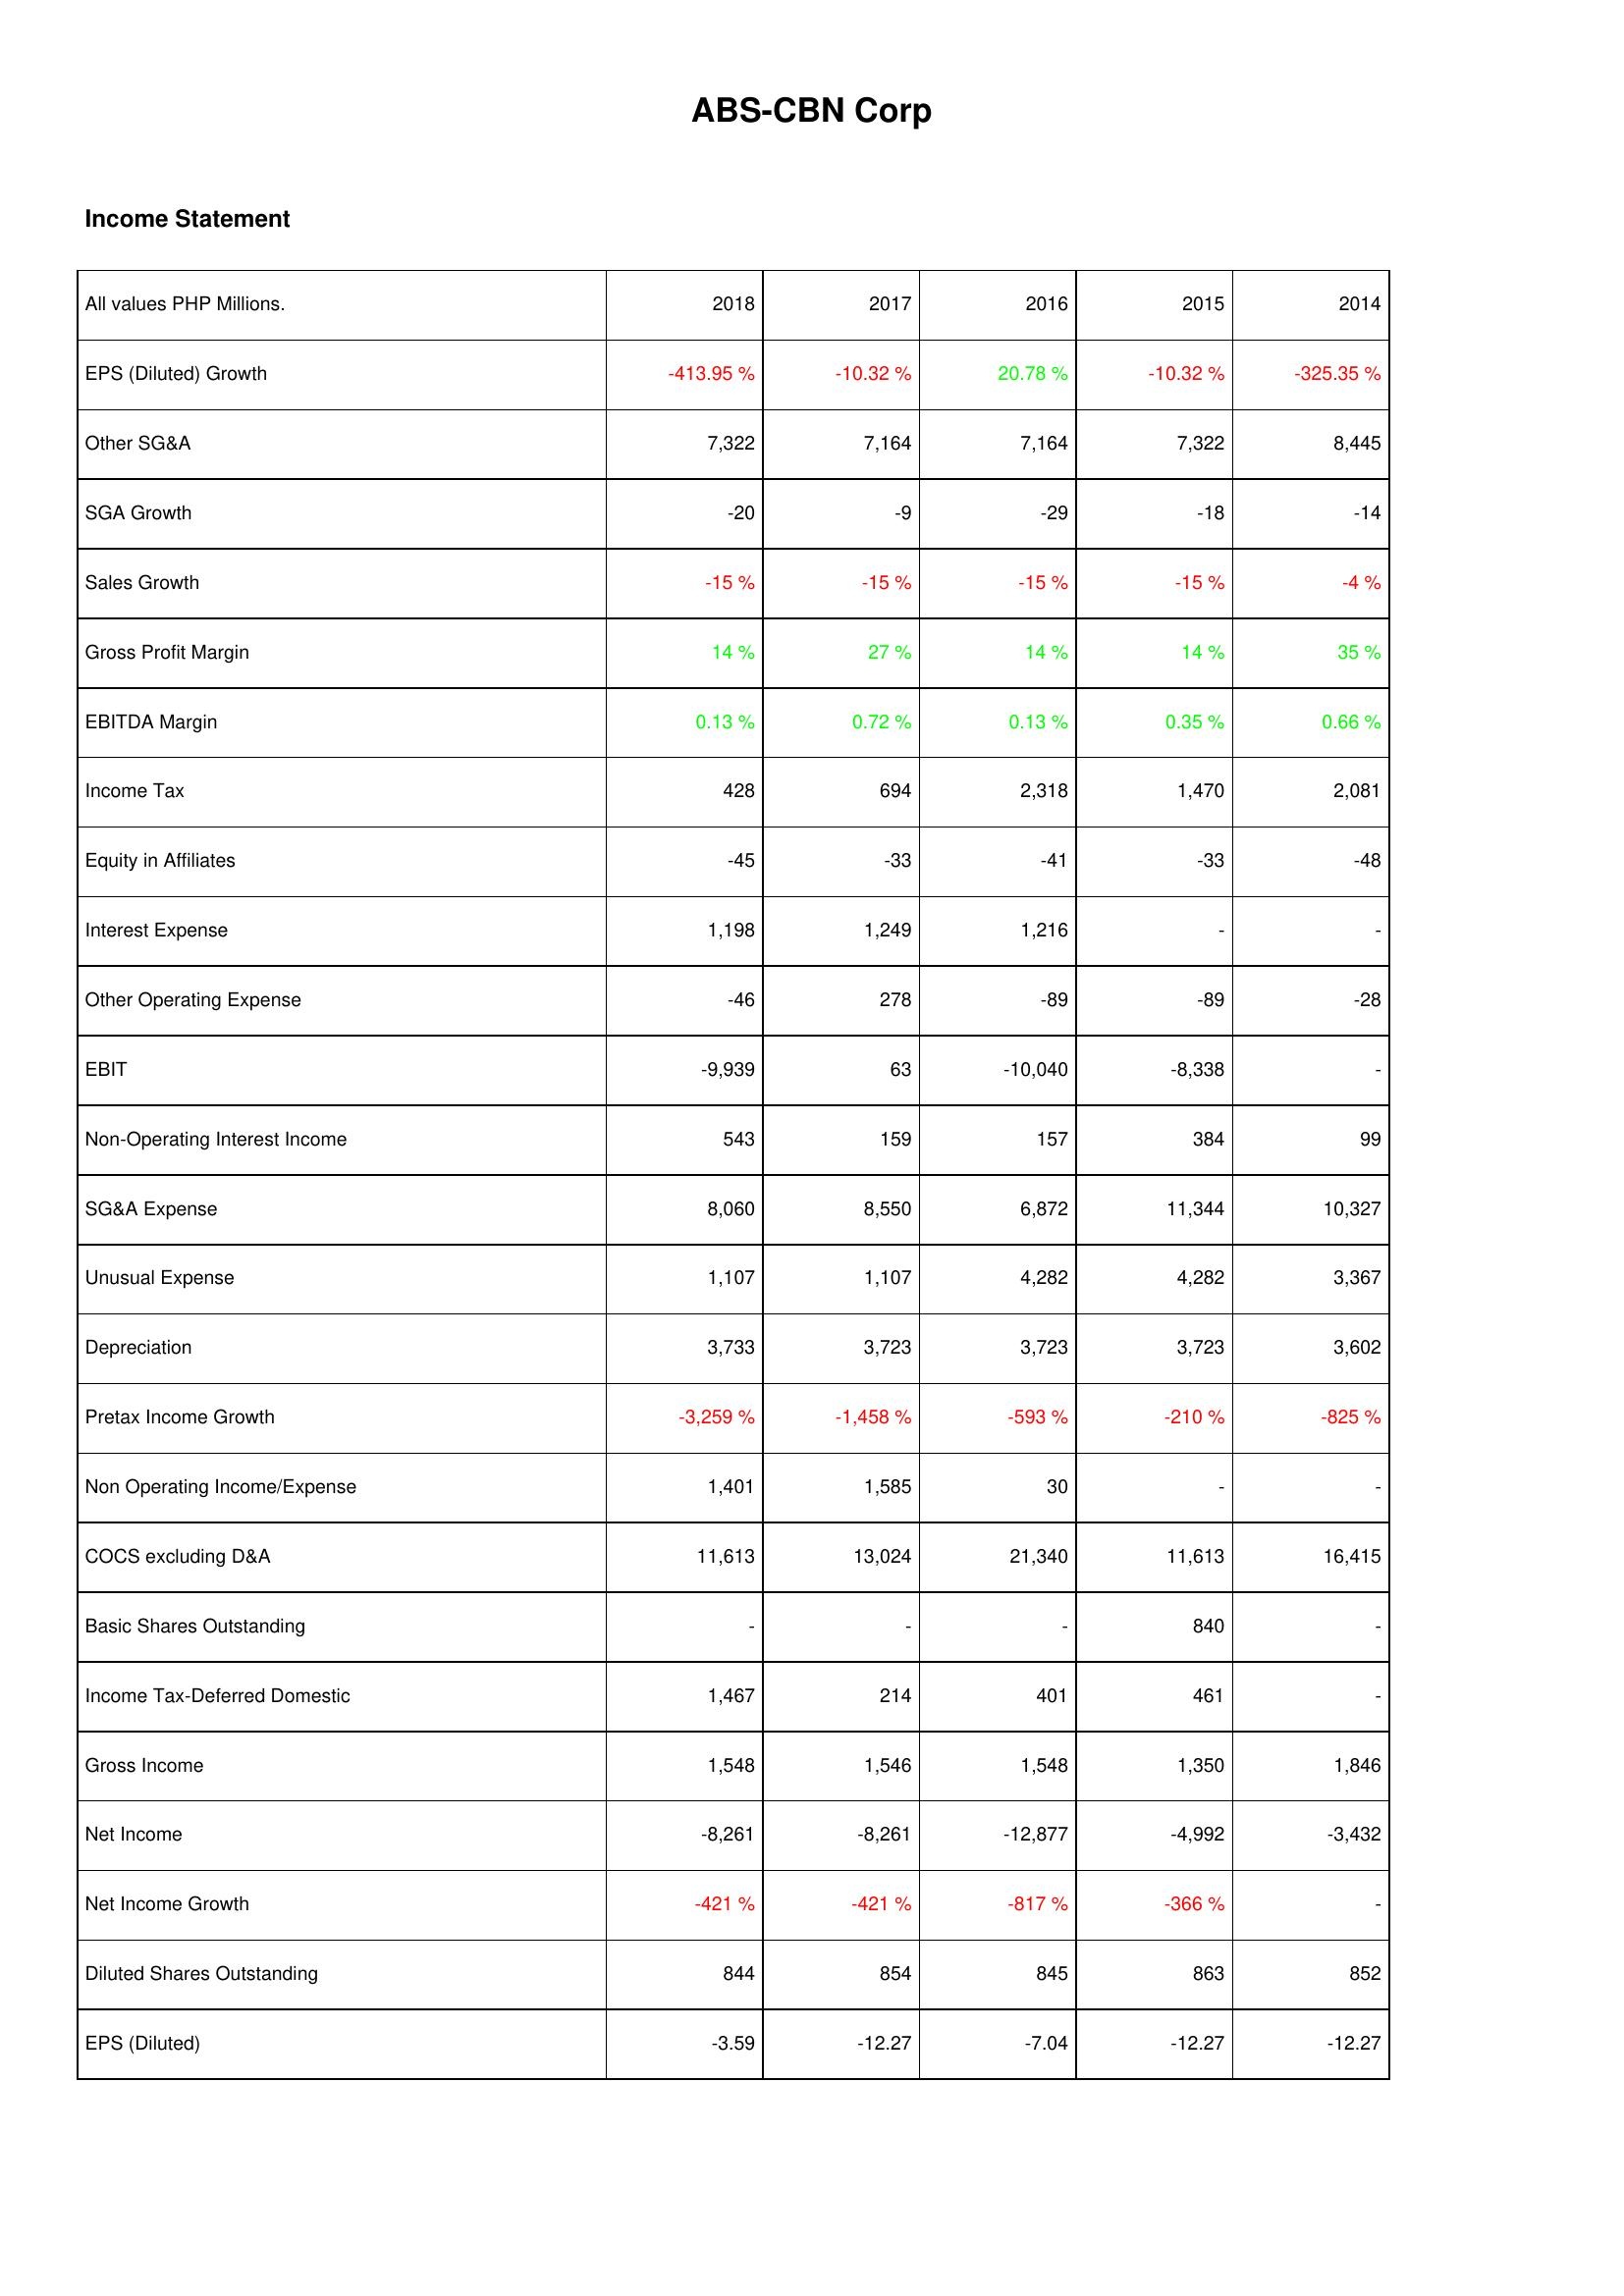
2018: Income Statement: EPS (Diluted) Growth: -413.95 %
Other SG&A: 7,322
SGA Growth: -20
Sales Growth: -15 %
Gross Profit Margin: 14 %
EBITDA Margin: 0.13 %
Income Tax: 428
Equity in Affiliates: -45
Interest Expense: 1,198
Other Operating Expense: -46
EBIT: -9,939
Non-Operating Interest Income: 543
SG&A Expense: 8,060
Unusual Expense: 1,107
Depreciation: 3,733
Pretax Income Growth: -3,259 %
Non Operating Income/Expense: 1,401
COCS excluding D&A: 11,613
Basic Shares Outstanding: -
Income Tax-Deferred Domestic: 1,467
Gross Income: 1,548
Net Income: -8,261
Net Income Growth: -421 %
Diluted Shares Outstanding: 844
EPS (Diluted): -3.59
2017: Income Statement: EPS (Diluted) Growth: -10.32 %
Other SG&A: 7,164
SGA Growth: -9
Sales Growth: -15 %
Gross Profit Margin: 27 %
EBITDA Margin: 0.72 %
Income Tax: 694
Equity in Affiliates: -33
Interest Expense: 1,249
Other Operating Expense: 278
EBIT: 63
Non-Operating Interest Income: 159
SG&A Expense: 8,550
Unusual Expense: 1,107
Depreciation: 3,723
Pretax Income Growth: -1,458 %
Non Operating Income/Expense: 1,585
COCS excluding D&A: 13,024
Basic Shares Outstanding: -
Income Tax-Deferred Domestic: 214
Gross Income: 1,546
Net Income: -8,261
Net Income Growth: -421 %
Diluted Shares Outstanding: 854
EPS (Diluted): -12.27
2016: Income Statement: EPS (Diluted) Growth: 20.78 %
Other SG&A: 7,164
SGA Growth: -29
Sales Growth: -15 %
Gross Profit Margin: 14 %
EBITDA Margin: 0.13 %
Income Tax: 2,318
Equity in Affiliates: -41
Interest Expense: 1,216
Other Operating Expense: -89
EBIT: -10,040
Non-Operating Interest Income: 157
SG&A Expense: 6,872
Unusual Expense: 4,282
Depreciation: 3,723
Pretax Income Growth: -593 %
Non Operating Income/Expense: 30
COCS excluding D&A: 21,340
Basic Shares Outstanding: -
Income Tax-Deferred Domestic: 401
Gross Income: 1,548
Net Income: -12,877
Net Income Growth: -817 %
Diluted Shares Outstanding: 845
EPS (Diluted): -7.04
2015: Income Statement: EPS (Diluted) Growth: -10.32 %
Other SG&A: 7,322
SGA Growth: -18
Sales Growth: -15 %
Gross Profit Margin: 14 %
EBITDA Margin: 0.35 %
Income Tax: 1,470
Equity in Affiliates: -33
Interest Expense: -
Other Operating Expense: -89
EBIT: -8,338
Non-Operating Interest Income: 384
SG&A Expense: 11,344
Unusual Expense: 4,282
Depreciation: 3,723
Pretax Income Growth: -210 %
Non Operating Income/Expense: -
COCS excluding D&A: 11,613
Basic Shares Outstanding: 840
Income Tax-Deferred Domestic: 461
Gross Income: 1,350
Net Income: -4,992
Net Income Growth: -366 %
Diluted Shares Outstanding: 863
EPS (Diluted): -12.27
2014: Income Statement: EPS (Diluted) Growth: -325.35 %
Other SG&A: 8,445
SGA Growth: -14
Sales Growth: -4 %
Gross Profit Margin: 35 %
EBITDA Margin: 0.66 %
Income Tax: 2,081
Equity in Affiliates: -48
Interest Expense: -
Other Operating Expense: -28
EBIT: -
Non-Operating Interest Income: 99
SG&A Expense: 10,327
Unusual Expense: 3,367
Depreciation: 3,602
Pretax Income Growth: -825 %
Non Operating Income/Expense: -
COCS excluding D&A: 16,415
Basic Shares Outstanding: -
Income Tax-Deferred Domestic: -
Gross Income: 1,846
Net Income: -3,432
Net Income Growth: -
Diluted Shares Outstanding: 852
EPS (Diluted): -12.27